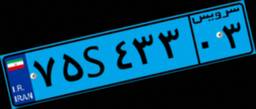
۲۷S۶۲۳۳۴